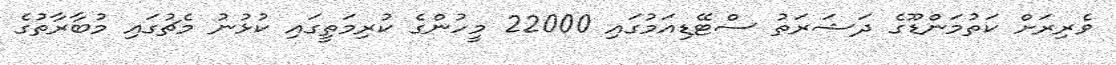
ވެރިރަށް ކަތުމަންޑޫގެ ދަޝަރަތު ސްޓޭޑިއަމުގައި 22000 މީހުންގެ ކުރިމަތީގައި ކުޅުނު މެޗުގައި މުބާރާތުގެ